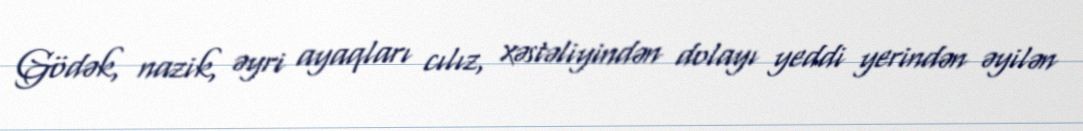
Gödək, nazik, əyri ayaqları cılız, xəstəliyindən dolayı yeddi yerindən əyilən